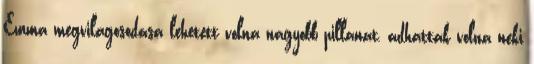
Emma megvilágosodása lehetett volna nagyobb pillanat, adhattak volna neki